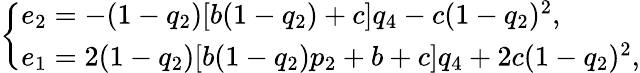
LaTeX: \left\{ \begin{array}{ll}{e_{2}=-(1-q_{2})[b(1-q_{2})+c]q_{4}-c(1-q_{2})^{2},}\\ {e_{1}=2(1-q_{2})[b(1-q_{2})p_{2}+b+c]q_{4}+2c(1-q_{2})^{2},}\end{array}\right.